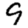
Digit: 9